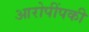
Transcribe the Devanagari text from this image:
आरोपींपकी